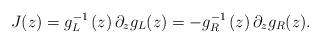
LaTeX: \begin{align*}J(z)=g_L^{-1}\left( z\right) \partial _zg_L(z)=-g_R^{-1}\left( z\right)\partial _zg_R(z).\end{align*}